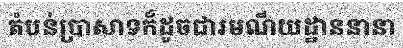
តំបន់ប្រាសាទក៏ដូចជារមណីយដ្ឋាននានា